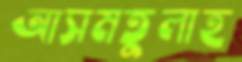
আসমতুলাহ